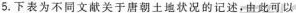
5.下表为不同文献关于唐朝土地状况的记述，由此可以